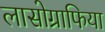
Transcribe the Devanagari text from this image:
लासोग्राफिया